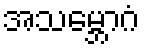
အသမ္ဘောဂံ